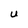
Character: U